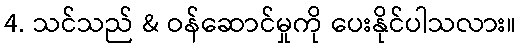
4. သင်သည် & ဝန်ဆောင်မှုကို ပေးနိုင်ပါသလား။